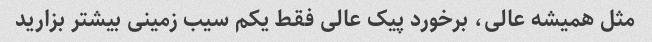
مثل همیشه عالی، برخورد پیک عالی فقط یکم سیب زمینی بیشتر بزارید